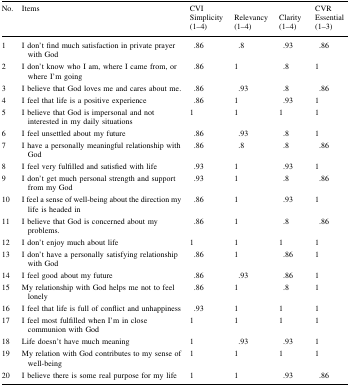
<table><thead><tr><td rowspan="2"><b>No.</b></td><td rowspan="2"><b>Items</b></td><td><b>CVI</b></td><td></td><td></td><td><b>CVR</b></td></tr><tr><td><b>Simplicity (1–4)</b></td><td><b>Relevancy (1–4)</b></td><td><b>Clarity (1–4)</b></td><td><b>Essential (1–3)</b></td></tr></thead><tbody><tr><td>1</td><td>I don’t find much satisfaction in private prayer with God</td><td>.86</td><td>.8</td><td>.93</td><td>.86</td></tr><tr><td>2</td><td>I don’t know who I am, where I came from, or where I’m going</td><td>.86</td><td>1</td><td>.8</td><td>1</td></tr><tr><td>3</td><td>I believe that God loves me and cares about me.</td><td>.86</td><td>.93</td><td>.8</td><td>.86</td></tr><tr><td>4</td><td>I feel that life is a positive experience</td><td>.86</td><td>1</td><td>.93</td><td>1</td></tr><tr><td>5</td><td>I believe that God is impersonal and not interested in my daily situations</td><td>1</td><td>1</td><td>1</td><td>1</td></tr><tr><td>6</td><td>I feel unsettled about my future</td><td>.86</td><td>.93</td><td>.8</td><td>1</td></tr><tr><td>7</td><td>I have a personally meaningful relationship with God</td><td>.86</td><td>.8</td><td>.8</td><td>.86</td></tr><tr><td>8</td><td>I feel very fulfilled and satisfied with life</td><td>.93</td><td>1</td><td>.93</td><td>1</td></tr><tr><td>9</td><td>I don’t get much personal strength and support from my God</td><td>.93</td><td>1</td><td>.8</td><td>.86</td></tr><tr><td>10</td><td>I feel a sense of well-being about the direction my life is headed in</td><td>.86</td><td>1</td><td>.93</td><td>1</td></tr><tr><td>11</td><td>I believe that God is concerned about my problems.</td><td>.86</td><td>1</td><td>.8</td><td>.86</td></tr><tr><td>12</td><td>I don’t enjoy much about life</td><td>1</td><td>1</td><td>1</td><td>1</td></tr><tr><td>13</td><td>I don’t have a personally satisfying relationship with God</td><td>.86</td><td>1</td><td>.86</td><td>1</td></tr><tr><td>14</td><td>I feel good about my future</td><td>.86</td><td>.93</td><td>.86</td><td>1</td></tr><tr><td>15</td><td>My relationship with God helps me not to feel lonely</td><td>.86</td><td>1</td><td>.8</td><td>1</td></tr><tr><td>16</td><td>I feel that life is full of conflict and unhappiness</td><td>.93</td><td>1</td><td>1</td><td>1</td></tr><tr><td>17</td><td>I feel most fulfilled when I’m in close communion with God</td><td>1</td><td>1</td><td>1</td><td>1</td></tr><tr><td>18</td><td>Life doesn’t have much meaning</td><td>1</td><td>.93</td><td>.93</td><td>1</td></tr><tr><td>19</td><td>My relation with God contributes to my sense of well-being</td><td>1</td><td>1</td><td>1</td><td>1</td></tr><tr><td>20</td><td>I believe there is some real purpose for my life</td><td>1</td><td>1</td><td>.93</td><td>.86</td></tr></tbody></table>